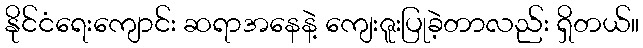
နိုင်ငံရေးကျောင်း ဆရာအနေနဲ့ ကျေးဇူးပြုခဲ့တာလည်း ရှိတယ်။